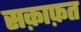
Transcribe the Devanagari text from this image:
सक़ाफ़त